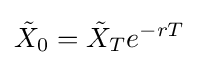
{\tilde {X}}_{0}={\tilde {X}}_{T}e^{-rT}